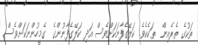
ތަކުގެ ތެރެއިން  ތަކެކެވެ. ކަލޭގެފާނަކަށްވެސް އަދި ކަލޭގެފާނުންގެ  ގެމީހުންނަކަށްވެސް